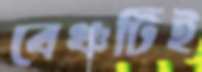
বেঞ্চটিই